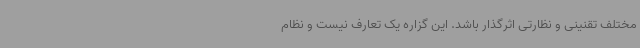
مختلف تقنینی و نظارتی اثرگذار باشد. این گزاره یک تعارف نیست و نظام